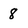
Character: 8